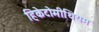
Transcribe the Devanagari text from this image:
हिकेटोमीथियम